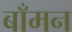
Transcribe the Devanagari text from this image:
बाँमन